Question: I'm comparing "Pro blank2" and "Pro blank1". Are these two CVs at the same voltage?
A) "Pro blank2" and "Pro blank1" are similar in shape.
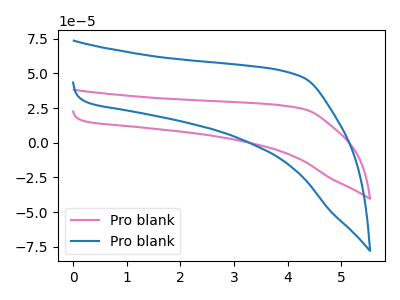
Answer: <think>The pink curve "Pro blank1" has no peaks. The blue curve "Pro blank2" has no peaks.
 Neither "Pro blank2" or "Pro blank1" have any peaks.</think>
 <answer>A) "Pro blank2" and "Pro blank1" are similar in shape.</answer>
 <eval>A</eval>